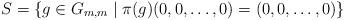
LaTeX: \begin{align*}S=\{g\in G_{m,m}\mid \pi(g)(0,0,\dots,0)=(0,0,\dots,0)\}\end{align*}